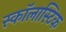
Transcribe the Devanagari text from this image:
स्कॉलास्टिक